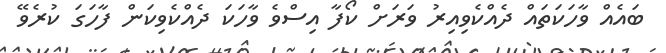
ބައެއް ވާހަކަތައް ދެއްކެވިއިރު ވަރަށް ކޯފާ އިސްވެ ވާހަކަ ދެއްކެވިކަން ފާހަގަ ކުރެވޭ